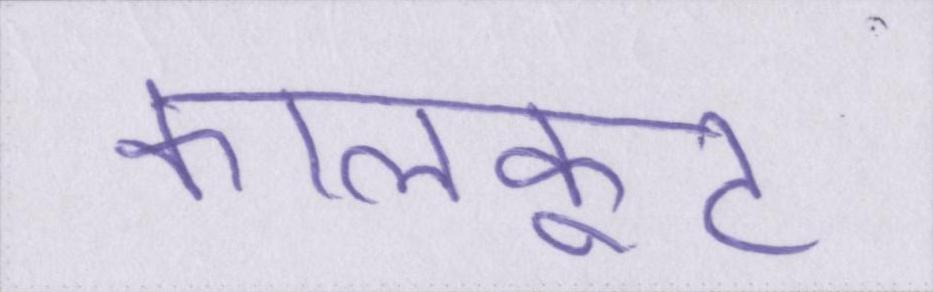
कालकूट